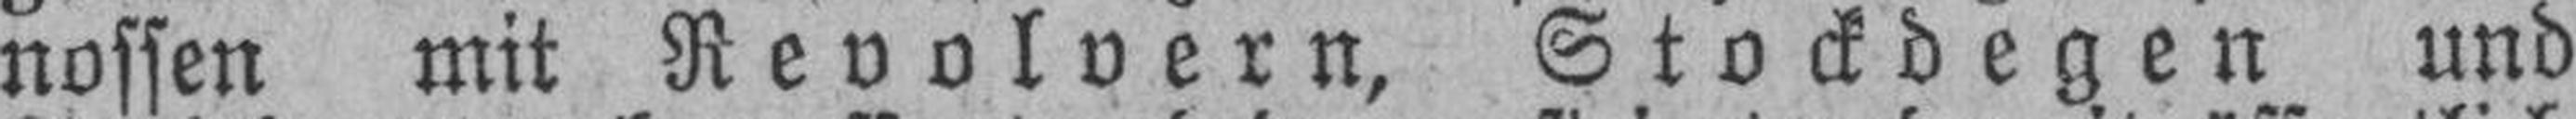
nossen mit Revolvern, Stockdegen und